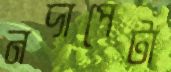
নদাপেটা